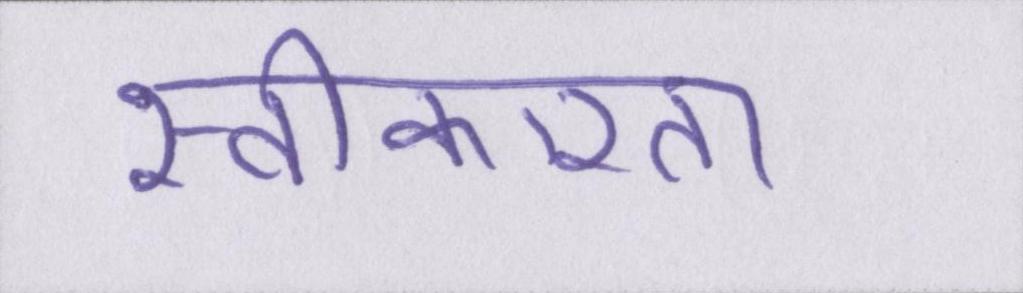
स्वीकारता